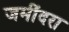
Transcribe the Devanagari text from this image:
जमींदरा